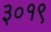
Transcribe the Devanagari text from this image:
३०१९